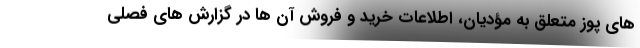
های پوز متعلق به مؤدیان، اطلاعات خرید و فروش آن ها در گزارش های فصلی